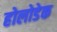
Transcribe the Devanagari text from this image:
होलोडेक